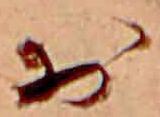
お